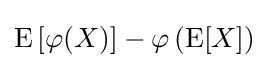
\operatorname {E} \left[\varphi (X)\right]-\varphi \left(\operatorname {E} [X]\right)